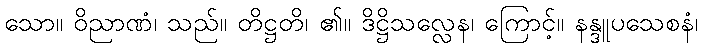
သော။ ဝိညာဏံ၊ သည်။ တိဋ္ဌတိ၊ ၏။ ဒိဋ္ဌိသလ္လေန၊ ကြောင့်။ နန္ဒူပသေစနံ၊